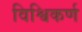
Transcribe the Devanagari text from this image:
विश्विकर्ण